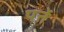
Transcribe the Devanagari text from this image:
पत्तें